Annual report on the Civil Veterinary Department, Burma (including the Insein Veterinary School) - 1910-1922
Year: 1910
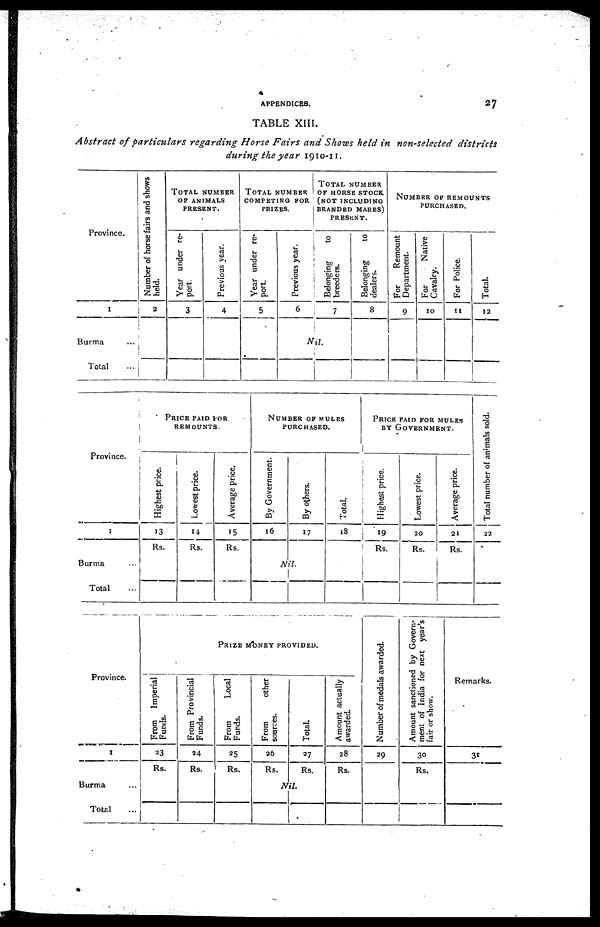
APPENDICES.
27
TABLE XIII.
Abstract of particulars regarding Horse Fairs and Shows held in non-selected districts
during the year 1910-11.
Province.
1
Burma ...
Total ...
Number of horse fairs and shows
held.
2
TOTAL NUMBER
OF ANIMALS
PRESENT.
Year under re-
port.
3
Previous year.
4
TOTAL NUMBER COMPETING FOR
PRIZES.
Year under re-
port.
5
Previous year.
6
Nil.
TOTAL NUMBER
OF HORSE STOCK
(NOT INCLUDING
BRANDED MARES)
PRESENT.
Belonging
to
breeders.
7
Belonging
to
dealers.
8
NUMBER OF REMOUNTS PURCHASED.
For
Remount
Department.
9
For
Native
Cavalry.
10
For Police.
11
Total.
12
Province.
1
Burma ...
Total ...
PRICE PAID FOR remounts.
Highest price.
13
Rs.
Lowest price.
14
Rs.
Average price.
15
Rs.
NUMBER OF MULES PURCHASED.
By Government.
16
By others.
17
Nil.
Total.
18
PRICE PAID FOR MULES BY GOVERNMENT.
Highest price.
19
Rs.
Lowest price.
20
Rs.
Average price.
21
Rs.
Total number of animals sold.
22
Province.
1
Burma ...
Total ...
PRIZE MONEY PROVIDED.
From Imperial
Funds.
23
Rs.
From Provincial
Funds.
24
Rs.
From
Local
Funds.
25
Rs.
From
other
sources.
26
Rs.
Nil.
Total.
27
Rs.
Amount actually
awarded.
28
Rs.
Number of medals awarded.
29
Amount sanctioned by Govern-
ment of India for next year's
fair or show.
30
Rs.
Remarks.
31